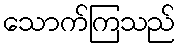
သောက်ကြသည်